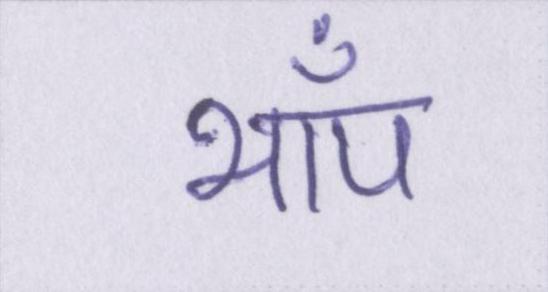
भाँप